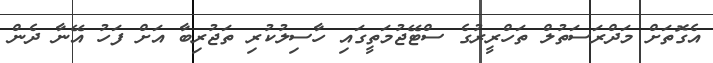
އެގޮތަށް މަދްރަސަތުލް ތަހްރީރުގެ ސްޓޭޖުމަތީގައި ހާސިލުކުރި ތަޖުރިބާ އަށް ފަހު އޭނާ ދެން